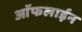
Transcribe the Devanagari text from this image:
आॅफलाईन